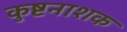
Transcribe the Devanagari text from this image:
कुष्टनाशक